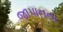
જાપાનના